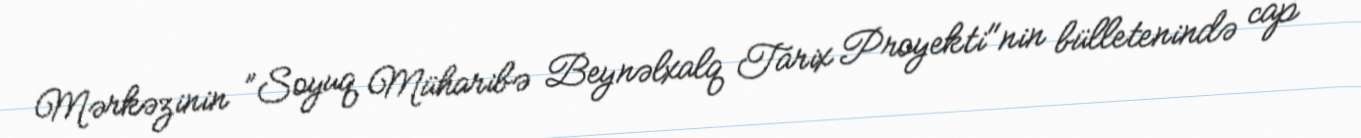
Mərkəzinin ”Soyuq Müharibə Beynəlxalq Tarix Proyekti"nin bülletenində cap